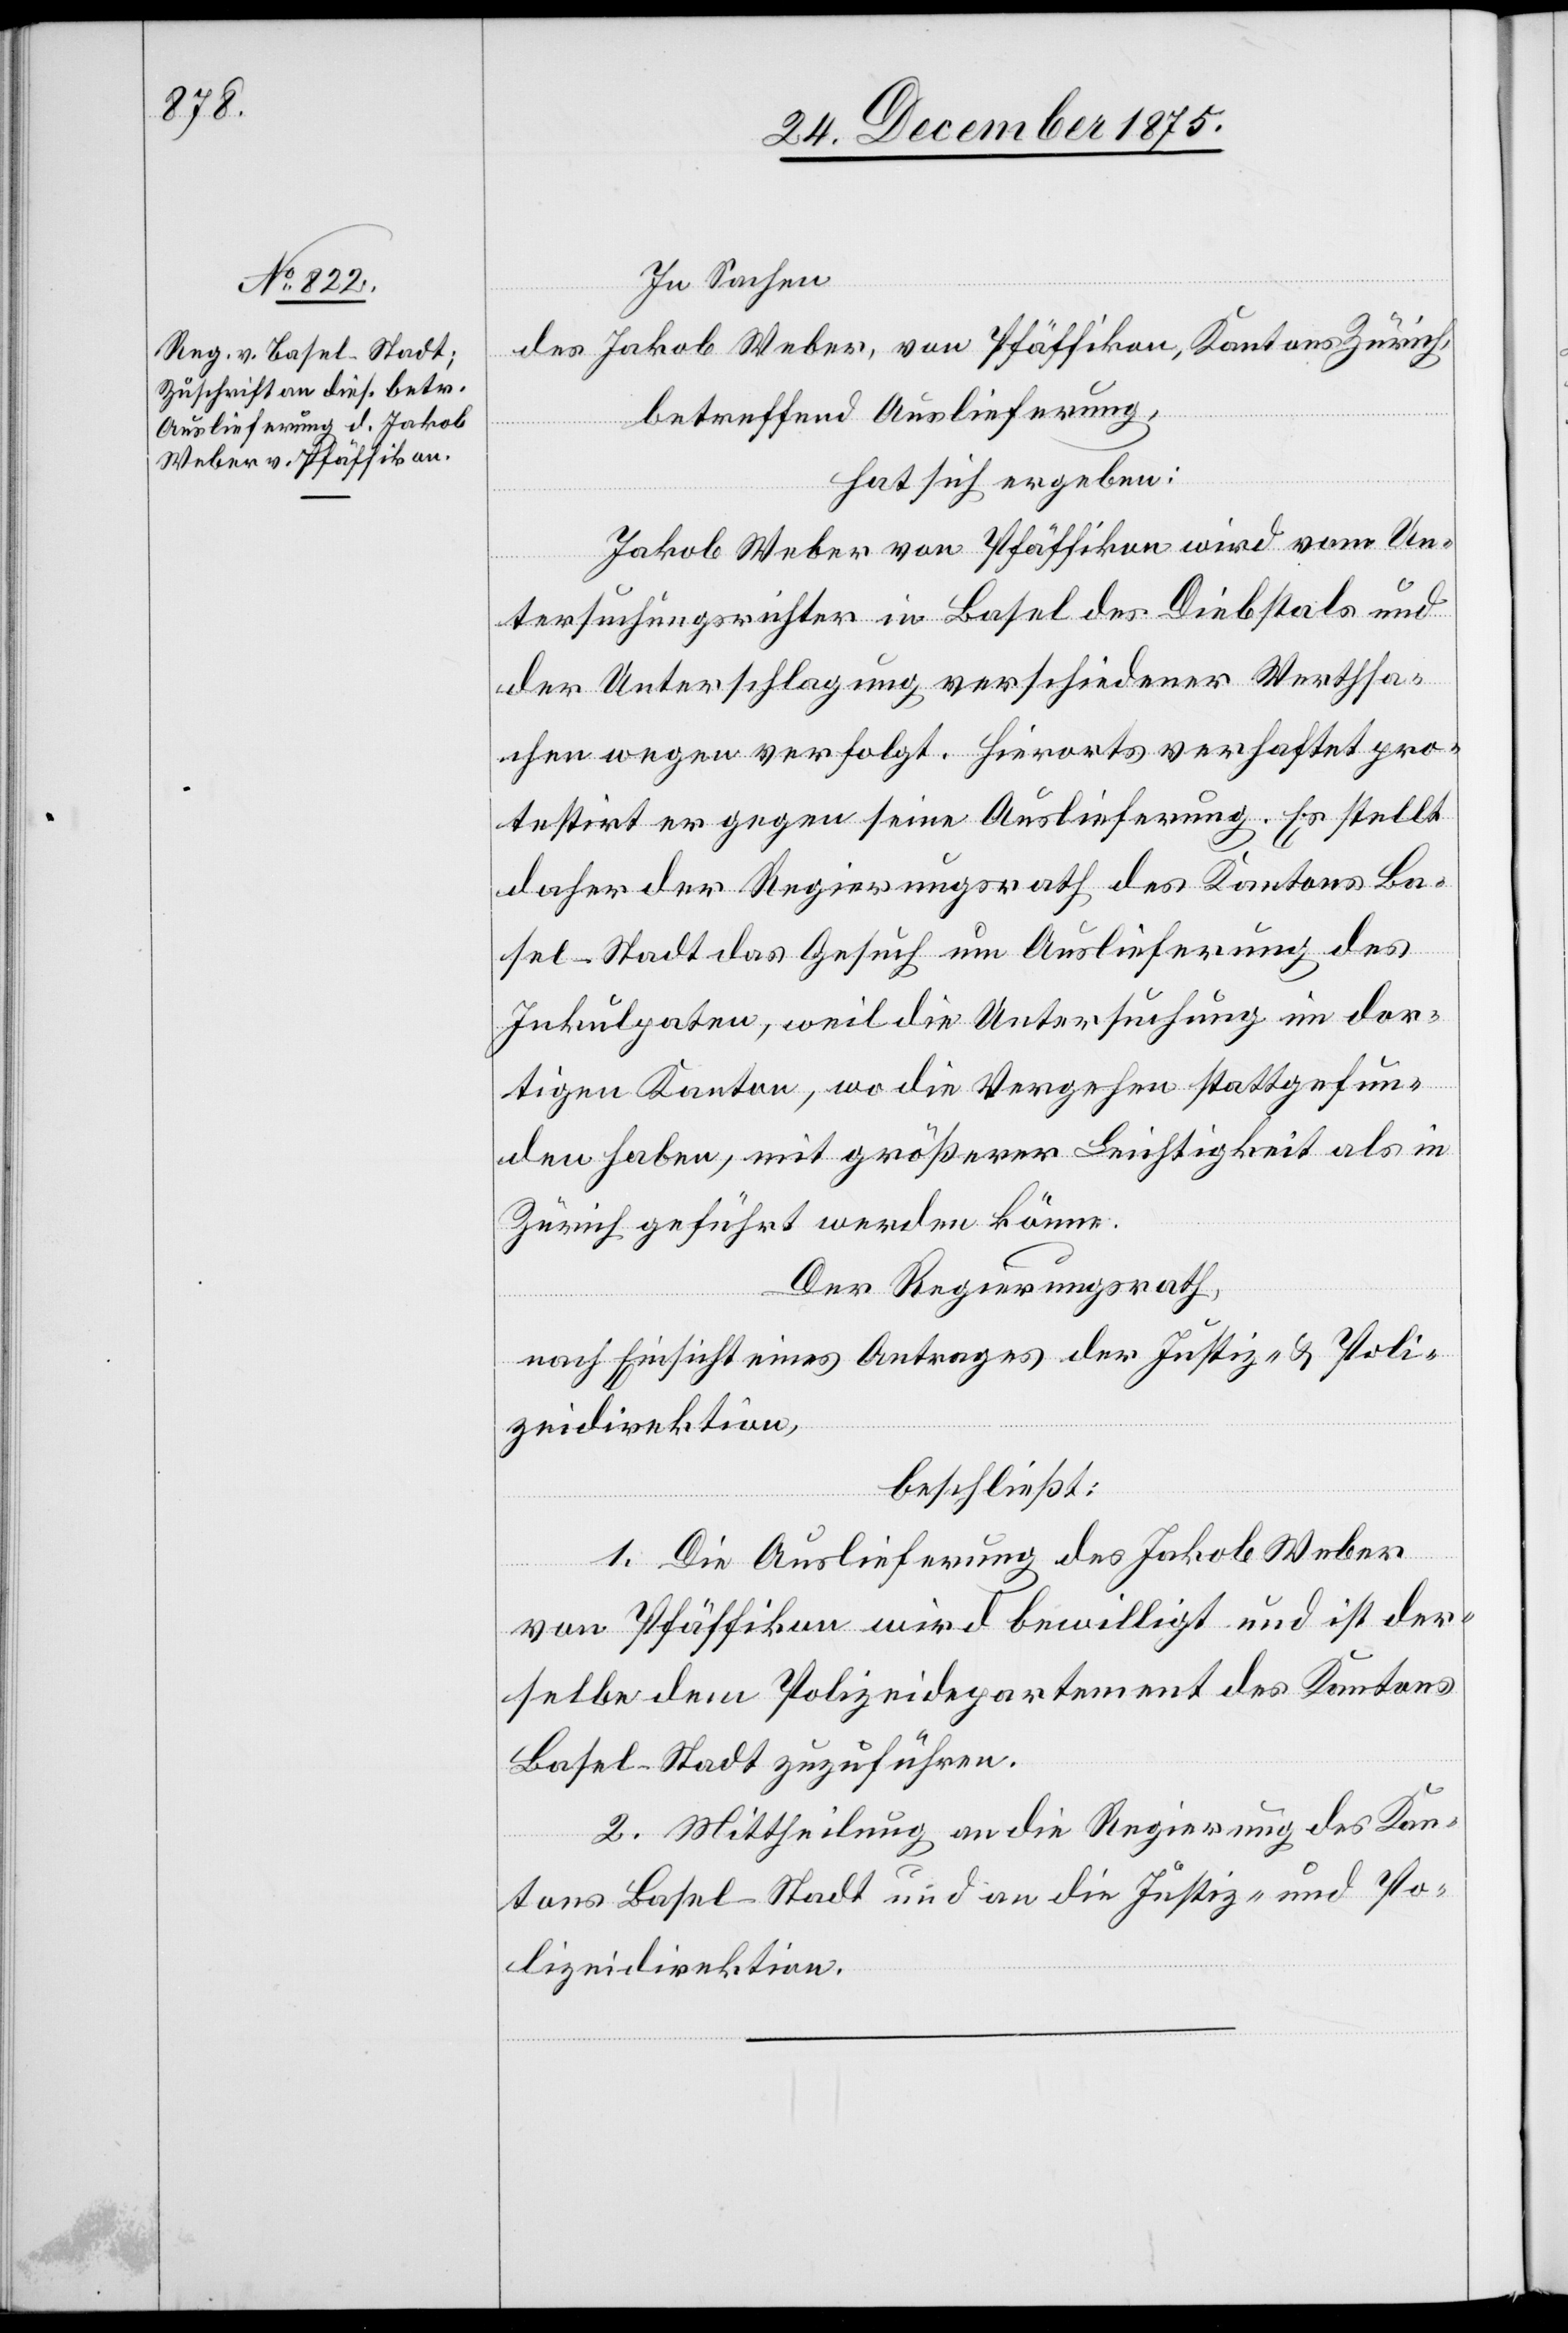
In Sachen
des Jakob Weber, von Pfäffikon, Kantons Zürich,
betreffend Auslieferung,
hat sich ergeben:
Jakob Weber von Pfäffikon wird vom Un¬
tersuchungsrichter in Basel des Diebstals und
der Unterschlagung verschiedener Werthsa¬
chen wegen verfolgt. Hierorts verhaftet pro¬
testirt er gegen seine Auslieferung. Es stellt
daher der Regierungsrath des Kantons Ba¬
sel-Stadt das Gesuch um Auslieferung des
Inkulpaten, weil die Untersuchung im dor¬
tigen Kanton, wo die Vergehen stattgefun¬
den haben, mit größerer Leichtigkeit als in
Zürich geführt werden könne.
Der Regierungsrath,
nach Einsicht eines Antrages der Justiz- und Poli¬
zeidirektion,
beschließt:
1. Die Auslieferung des Jakob Weber
von Pfäffikon wird bewilligt und ist der¬
selbe dem Polizeidepartement des Kantons
Basel-Stadt zuzuführen.
2. Mittheilung an die Regierung des Kan¬
tons Basel-Stadt und an die Justiz- und Po¬
lizeidirektion.